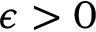
\epsilon > 0